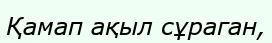
Қамап ақыл сұраган,